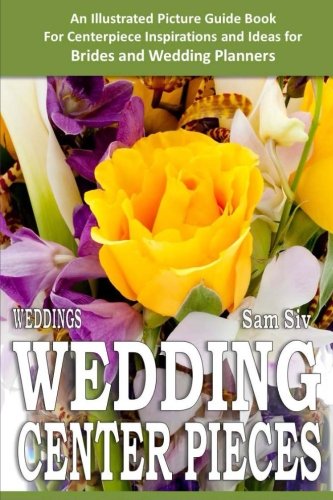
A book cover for Weddings: Wedding Centerpieces: An Illustrated Guide Book: For Centerpiece Inspirations and Ideas for Brides and Wedding Planners (Wedding by Sam Siv) (Volume 4); Sam Siv; Crafts, Hobbies & Home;